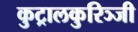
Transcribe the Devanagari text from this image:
कुट्रालकुरिञ्जी